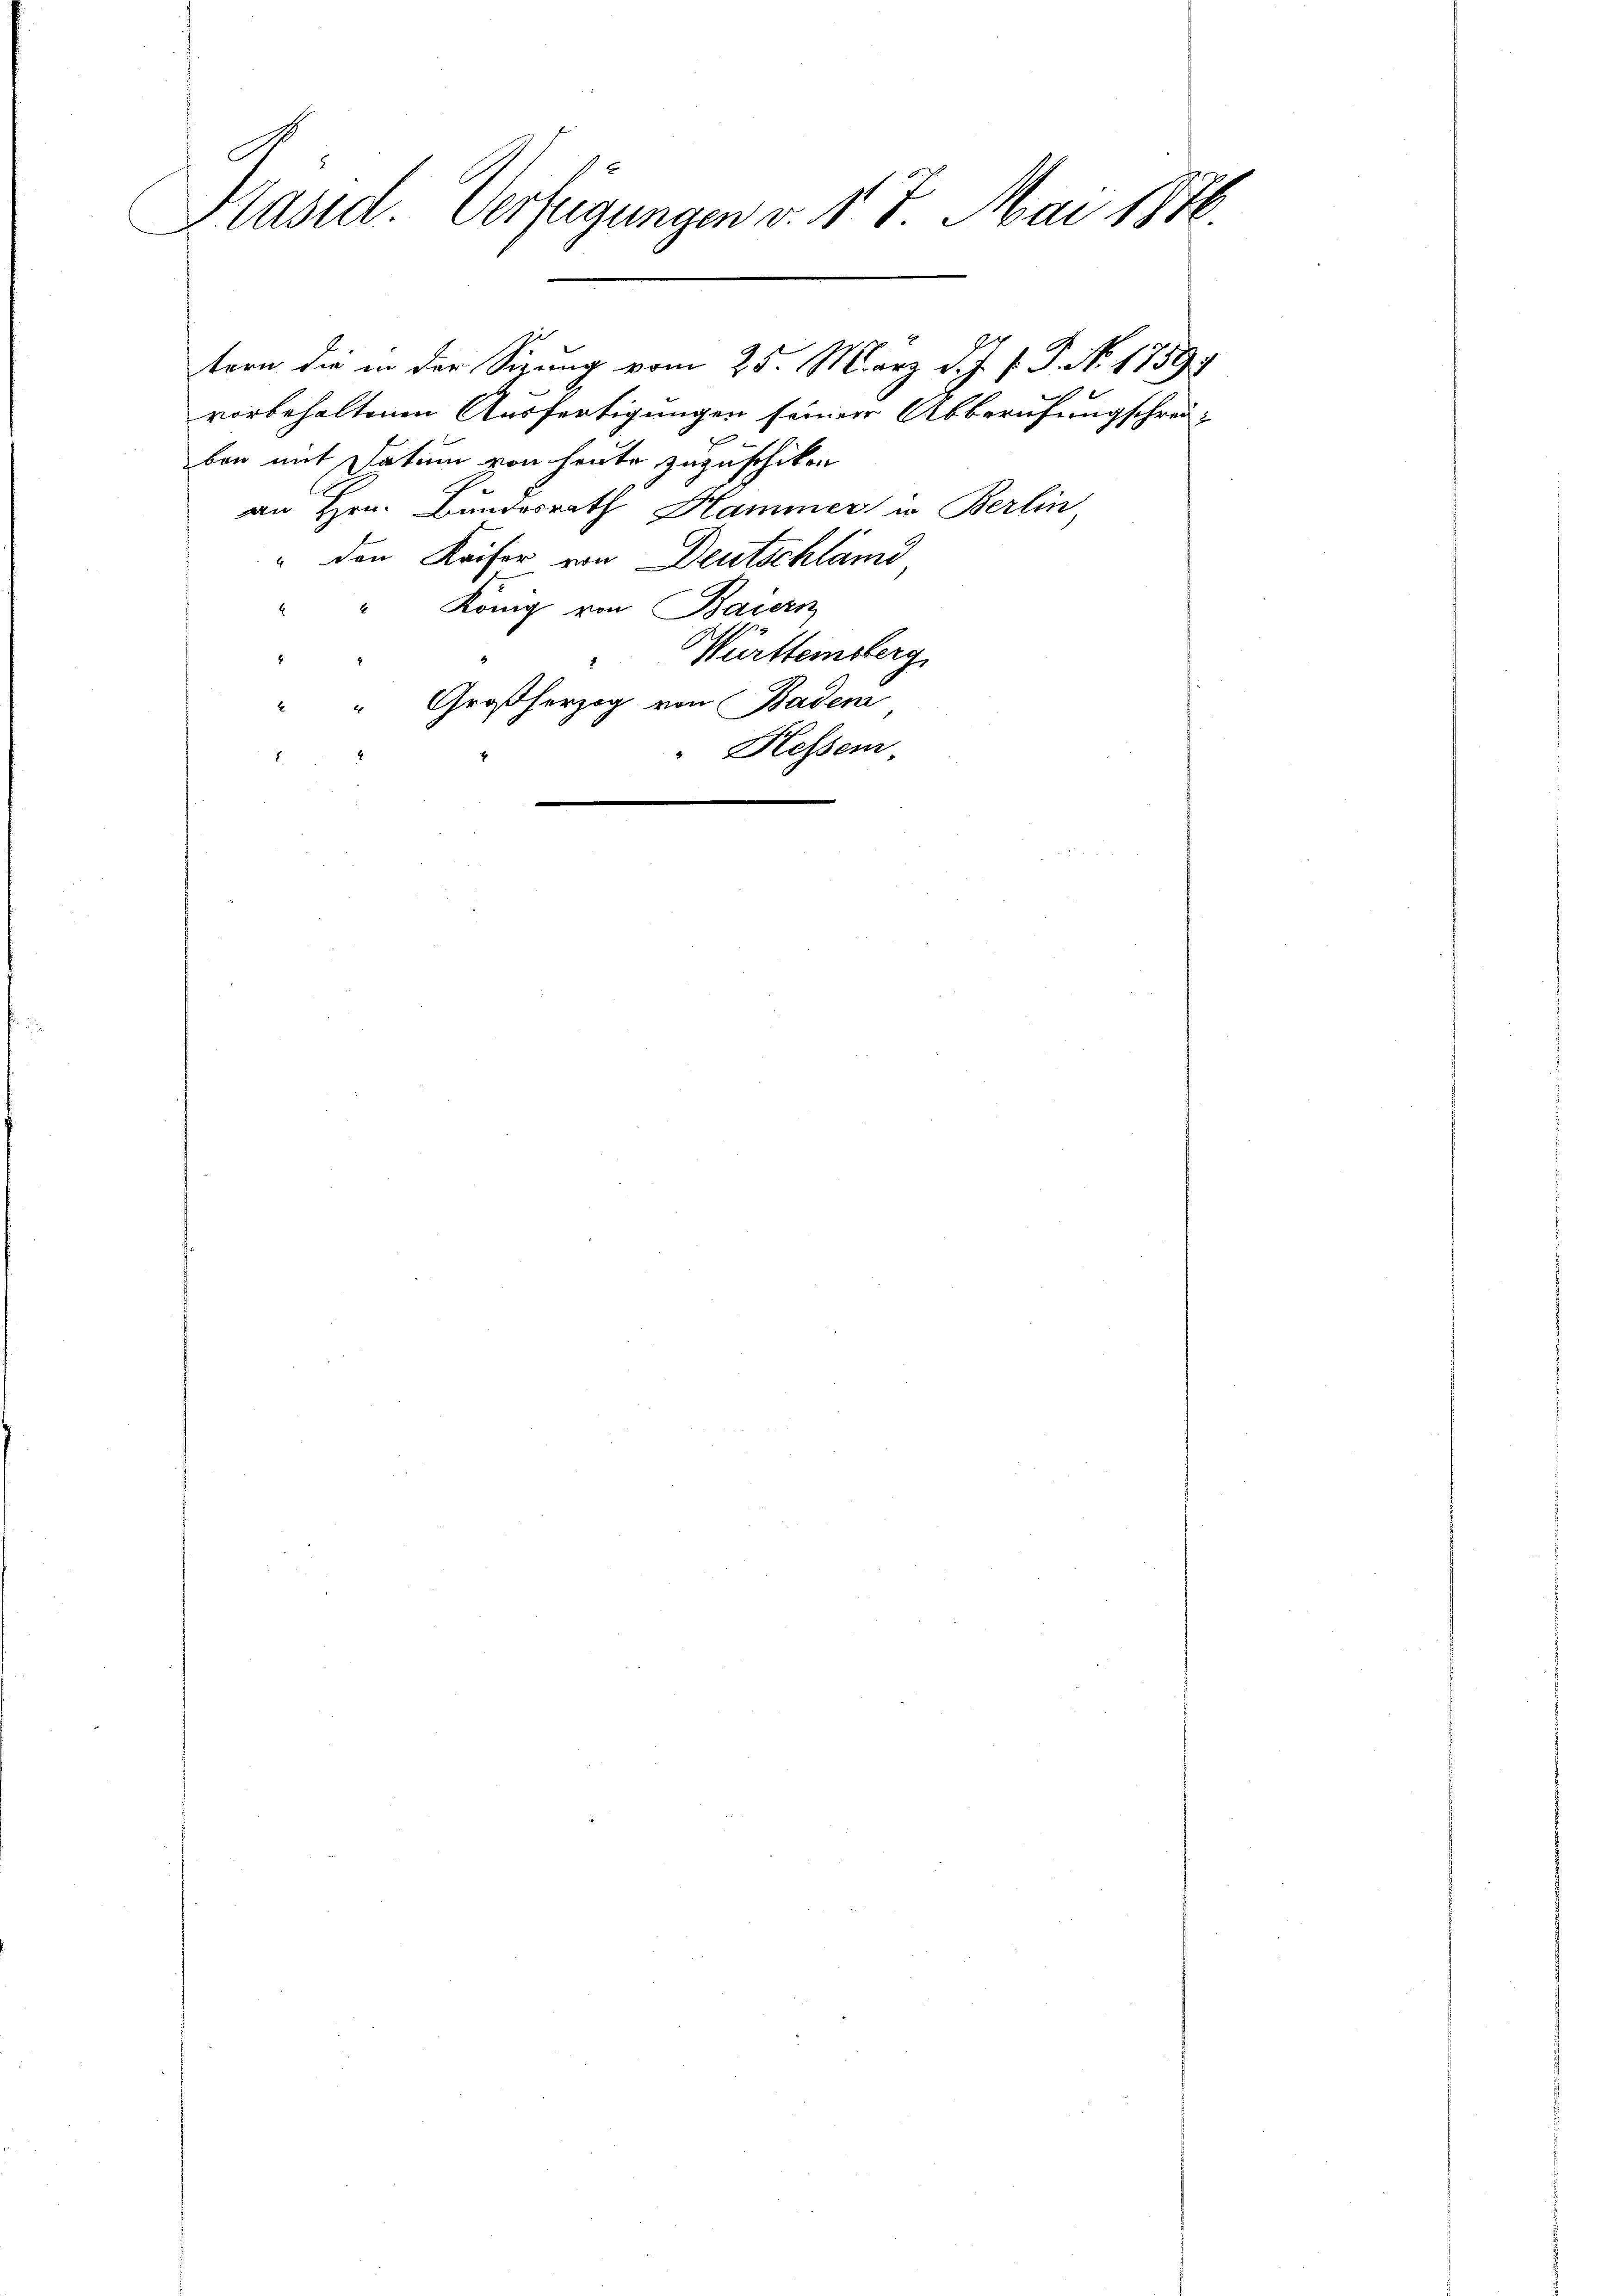
Präsid. Verfügungen v. 17. Mai 1876

b
ben mit Datum von heute zuzuschikon
an Hrn. Bundesrath Hammer in Berlin,
" den Kaiser von Deutschlämi
König von Baiern
E
Württemberg
8
" " Großherzog von Baden
Hessen,
7

tern die in der Sizung vom 25. März d. J. J. P. No. 1759.
vorbehaltenen Ausfertigungen seiner Abberufungschrei¬